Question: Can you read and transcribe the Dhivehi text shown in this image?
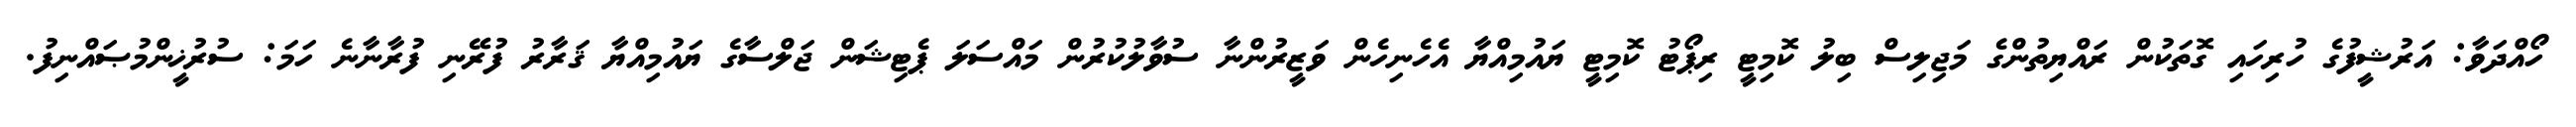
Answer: ހޯއްދަވާ: އަރުޝީފުގެ ހުރިހައި ގޮތަކުން ރައްޔިތުންގެ މަޖިލިސް ބިލު ކޮމިޓީ ރިޕޯޓު ކޮމިޓީ ޔައުމިއްޔާ އެހެނިހެން ވަޒީރުންނާ ސުވާލުކުރުން މައްސަލަ ޕެޓިޝަން ޖަލްސާގެ ޔައުމިއްޔާ ޤަރާރު ފުރޭނި ފުރާނާނެ ހަމަ: ސުރުޚީންމުޞައްނިފު.